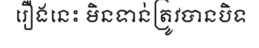
រឿងនេះ មិនទាន់ត្រូវបានបិទ